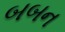
બબન